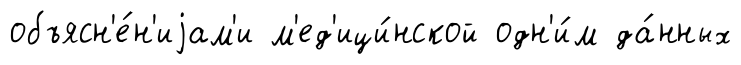
объясн'е́н'иjам'и м'ед'ици́нской одн'и́м да́нных